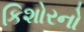
કિશોરનો